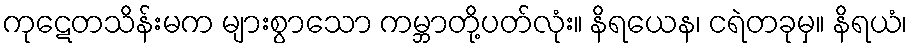
ကုဋေတသိန်းမက များစွာသော ကမ္ဘာတို့ပတ်လုံး။ နိရယေန၊ ငရဲတခုမှ။ နိရယံ၊